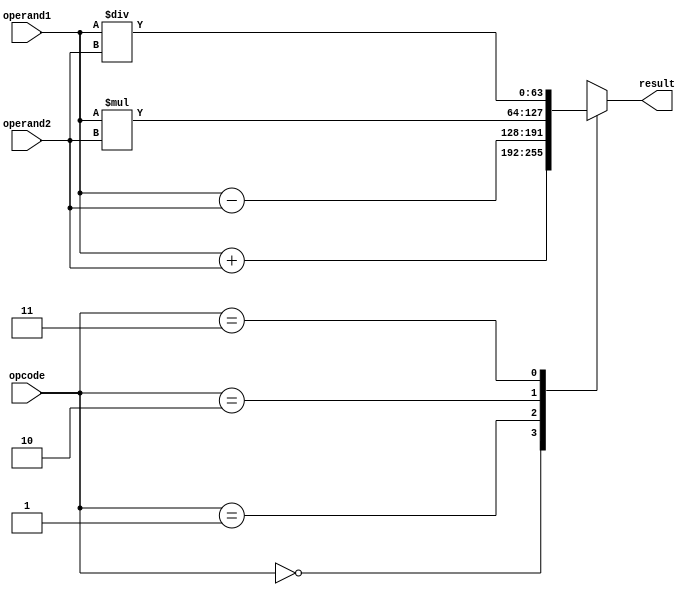
module DoublePrecisionFloatingPointUnit (
  input [63:0] operand1,
  input [63:0] operand2,
  input [1:0] opcode,
  output reg [63:0] result
);

// Arithmentic operations
always @ (*)
begin
  case (opcode)
    2'b00: result = operand1 + operand2; // Addition
    2'b01: result = operand1 - operand2; // Subtraction
    2'b10: result = operand1 * operand2; // Multiplication
    2'b11: result = operand1 / operand2; // Division
  endcase
end

// Rounding, Normalization, and Special case handling will be implemented here

// Exception handling signals
reg overflow;
reg underflow;
reg invalidOperation;

// Exception handling logic
always @ (*)
begin
  // Overflow check
  if(result > 64'hFFFFFFFFFFFFFFFF)
    overflow = 1;
  else 
    overflow = 0;

  // Underflow check (to be implemented)

  // Invalid operation check (to be implemented)
end

endmodule